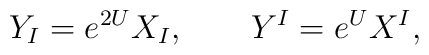
Y_{I}=e^{2U}X_{I},\qquad Y^{I}=e^{U}X^{I},